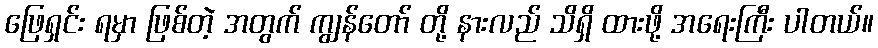
ဖြေရှင်း ရမှာ ဖြစ်တဲ့ အတွက် ကျွန်တော် တို့ နားလည် သိရှိ ထားဖို့ အရေးကြီး ပါတယ်။